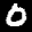
Label: 0